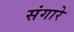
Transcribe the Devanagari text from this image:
संगारे